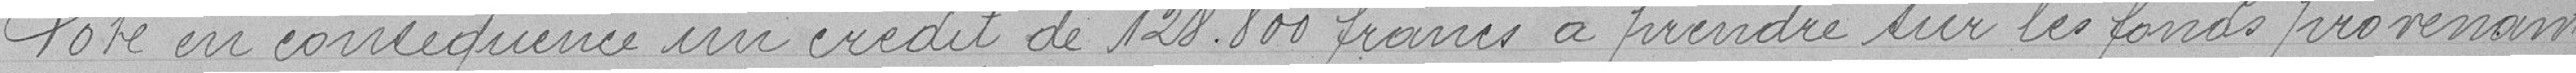
Vote en conséquence un crédit de 128.000 francs à prendre sur les fonds provenant